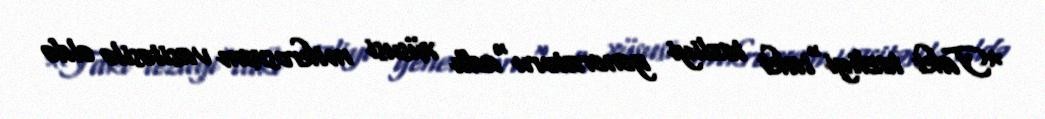
*Takt tezliyi"takt tezliyi generatoru"adlı xüsusi mikrosxem vasitəsilə əldə